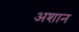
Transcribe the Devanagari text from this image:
अशान